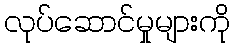
လုပ်ဆောင်မှုများကို